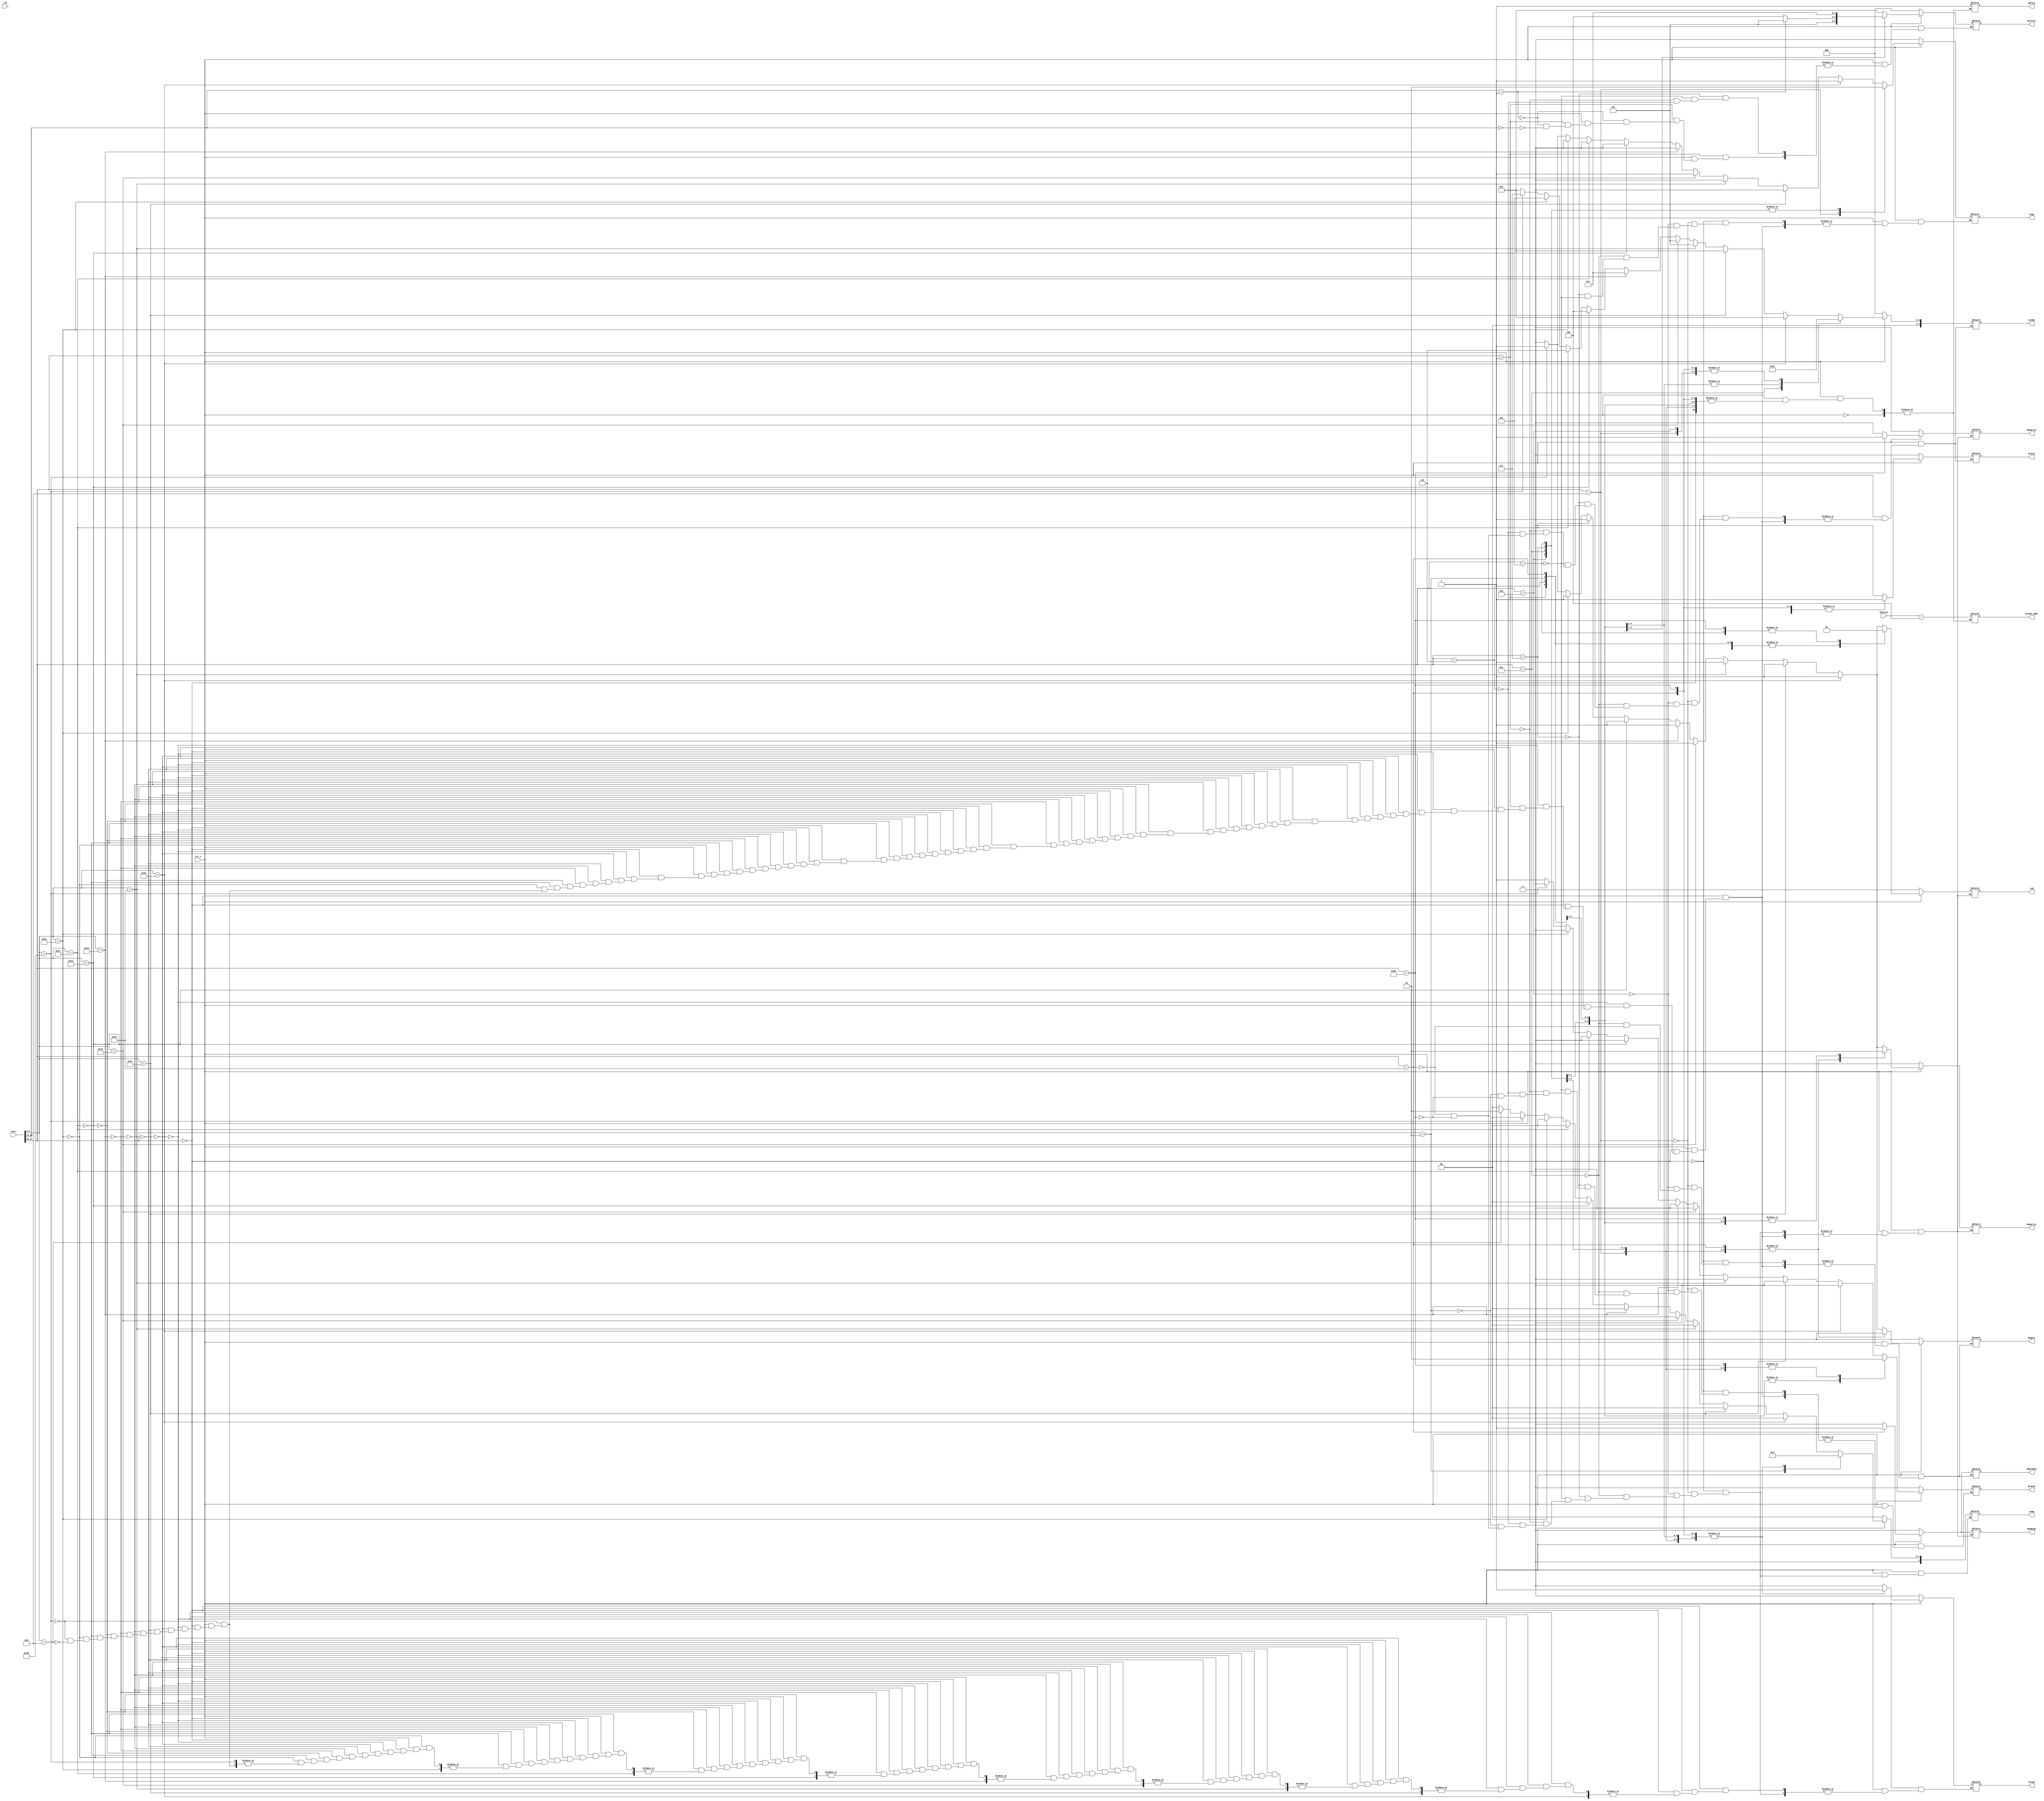
`timescale 1ns / 1ps
//////////////////////////////////////////////////////////////////////////////////
// Company: 
// Engineer: 
// 
// Design Name: 
// Module Name:    control 
// Project Name: 
// Target Devices: 
// Tool versions: 
// Description: 
//
// Dependencies: 
//
// Revision: 
// Revision 0.01 - File Created
// Additional Comments: 
//
//////////////////////////////////////////////////////////////////////////////////
module control(
    input clk,
	 input rst_n,	 
	 input [31:0] instr,
	 input [31:0] PCplus4,
	 output reg Extop,
	 output reg RegDst,
	 output reg Branch,
	 output reg MemRead,
	 output reg MemtoReg,
	 output reg MemWrite,
	 output reg [4:0] ALUOp,
	 output reg RegWrite,
	 output reg ALUSrc,
//	 output reg PCSrc,
	 output reg [2:0] pattern,
	 output reg [2:0] jump,
	 output reg sign,
	 
	 output reg isR,
	 output reg udfist,
	 output reg [31:0] except_addr
    );
wire [5:0] Op;
assign Op=instr[31:26];
wire [5:0] Funct;
assign Funct=instr[5:0];
reg PCSrc;

	always@(*)
	begin
		if(~rst_n)
		begin
			PCSrc=0;
			RegDst=0;
			Branch=0;
			MemtoReg=0;
			MemWrite=0;
			ALUOp=0;
			ALUSrc=0;
			PCSrc=0;
			Extop=0;
			jump=0;
			pattern=0;
			MemRead=0;
			RegWrite=0;
			isR=0;
			sign =0;
		end
		else
		case(Op)
		6'b000000:begin
			if(Funct==6'b100000)	//add	
			begin
				MemRead=0;			
				RegDst=1;
				Branch=0;
				MemtoReg=0;
				MemWrite=0;
				ALUOp=1;
				RegWrite=1;
				ALUSrc=0;
				PCSrc=0;
				jump=0;
				isR=1;
				sign=1;
			end
			else if(Funct==6'b100001)	//addu
			begin
				MemRead=0;			
				RegDst=1;
				Branch=0;
				MemtoReg=0;
				MemWrite=0;
				ALUOp=1;
				RegWrite=1;
				ALUSrc=0;
				PCSrc=0;
				jump=0;
				isR=1;
				sign=0;
			end			
			else if(Funct==6'b100011)	//subu
			begin
				MemRead=0;			
				RegDst=1;
				Branch=0;
				MemtoReg=0;
				MemWrite=0;
				ALUOp=5'd2;
				RegWrite=1;
				ALUSrc=0;
				PCSrc=0;
				jump=0;
				isR=1;
				sign=0;
			end
			else if(Funct==6'b100010)	//sub
			begin
				MemWrite=0;
				MemRead=0;			
				RegDst=1;
				Branch=0;
				MemtoReg=0;
				RegWrite=1;
				ALUOp=5'd2;
				ALUSrc=0;
				PCSrc=0;
				jump=0;
				isR=1;
				sign=1;
			end
			else if(Funct==6'b100100)	//and
			begin
				MemRead=0;			
				RegDst=1;
				Branch=0;
				MemtoReg=0;
				MemWrite=0;
				ALUOp=5'd3;
				RegWrite=1;
				ALUSrc=0;
				PCSrc=0;
				jump=0;
				isR=1;
				sign=0;
			end
			else if(Funct==6'b100101)	//or
			begin
				MemRead=0;			
				RegDst=1;
				Branch=0;
				MemtoReg=0;
				MemWrite=0;
				ALUOp=5'd4;
				RegWrite=1;
				ALUSrc=0;
				PCSrc=0;
				jump=0;
				isR=1;
				sign=0;
			end
			else if(Funct==6'b100111)	//nor
			begin
				MemRead=0;			
				RegDst=1;
				Branch=0;
				MemtoReg=0;
				MemWrite=0;
				ALUOp=5'd6;
				RegWrite=1;
				ALUSrc=0;
				PCSrc=0;
				jump=0;
				isR=1;
				sign=0;
			end
			else if(Funct==6'b100110)	//xor
			begin
				MemRead=0;			
				RegDst=1;
				Branch=0;
				MemtoReg=0;
				MemWrite=0;
				ALUOp=5'd5;
				RegWrite=1;
				ALUSrc=0;
				PCSrc=0;
				RegWrite=1;
				jump=0;
				isR=1;
				sign=0;
			end
			else if(Funct==6'b011000)
			begin
				MemWrite=0;
				MemRead=0;			
				RegDst=1;
				Branch=0;
				MemtoReg=0;
				RegWrite=1;
				ALUOp=5'd7;
				ALUSrc=0;
				PCSrc=0;
				jump=0;
				isR=1;
				sign=1;
			end
			else if(Funct==6'b001000)	//jr
				begin
				MemRead=0;				
				RegDst=0;
				Branch=1;
				MemtoReg=0;
				MemWrite=0;
				ALUOp=5'd1;
				RegWrite=0;
				ALUSrc=0;
				PCSrc=1;
				Extop=0;
				isR=0;
				jump=2;
				sign=0;
				end
			else
					jump=0;
		end
		6'b001000:	//addi
			begin
				MemRead=0;			
				RegDst=0;
				Branch=0;
				MemtoReg=0;
				RegWrite=1;
				ALUOp=5'd1;
				ALUSrc=1;
				PCSrc=0;
				Extop=1;
				jump=0;
				isR=0;
				MemWrite=0;
				sign=1;
			end
		6'b001001:	//addiu
			begin
				MemRead=0;			
				RegDst=0;
				Branch=0;
				MemtoReg=0;
				MemWrite=0;
				ALUOp=5'd1;
				RegWrite=1;	
				ALUSrc=1;
				PCSrc=0;
				Extop=1;
				jump=0;
				isR=0;
				sign=0;
			end
		6'b001100:		//andi
			begin
				MemRead=0;			
				RegDst=0;
				Branch=0;	
				MemtoReg=0;
				MemWrite=0;
				ALUOp=5'd3;				
				RegWrite=1;
				ALUSrc=1;
				PCSrc=0;
				Extop=1;
				jump=0;
				isR=0;
				sign=0;
			end	
		6'b000111:	//bgtz
			begin
				MemRead=0;			
				Branch=1;
				MemWrite=0;
				ALUOp=5'd2;				
				RegWrite=0;
				ALUSrc=0;
				Extop=1;
				jump=0;
				pattern=1;		//bj
				isR=0;
				sign=0;
			end
		6'b000101:	//bne
			begin
				MemRead=0;			
				Branch=1;
				MemWrite=0;
				ALUOp=5'd2;
				RegWrite=0;
				ALUSrc=0;
				Extop=1;
				jump=0;
				pattern=3'd2;
				isR=1;
				sign=0;
			end
		6'b000001:		//bgez
			begin
				MemRead=0;			
				Branch=1;
				MemWrite=0;
				ALUOp=5'd2;
				RegWrite=0;
				ALUSrc=0;
				Extop=1;
				jump=0;
				isR=0;
				if(instr[20:16]==5'b00001)
					pattern=3'd2;
				else if(instr[20:16]==5'b00000)
					pattern=3'd4;		//0bltz
			end
		6'b000110:		//blez,<=0
			begin
				MemWrite=0;
				MemRead=0;			
				Branch=1;
				MemWrite=0;
				ALUOp=5'd2;
				RegWrite=0;
				ALUSrc=0;
				Extop=1;
				jump=0;
				pattern=3'd3;
				isR=0;
			end
		6'b000010:		//j
			begin
				MemRead=0;			
				jump=1;
				Branch=1;
				RegWrite=0;
				MemWrite=0;
				PCSrc=1;
				Extop=0;
				isR=0;
			end
		6'b000000:		//jr
			begin
				MemWrite=0;
				jump=1;
				ALUSrc=0;
				Branch=1;
				isR=0;
			end
		6'b100011:	//lw
			begin
				MemtoReg=1;
				RegDst=0;
				ALUOp=1;
				ALUSrc=1;
				MemWrite=0;
				MemRead=1;
				PCSrc=0;
				Extop=1;
				jump=0;
				RegWrite=1;
				isR=0;
			end
		6'b101011:		//sw
			begin
				RegWrite=0;	
				Branch=0;
				ALUOp=1;
				ALUSrc=1;
				PCSrc=0;
				MemWrite=1;
				MemRead=0;
				jump=0;
				Extop=1;
				isR=1;
			end
		default:
		begin
			udfist=1;
			except_addr=PCplus4-4;
		end
		endcase
	end
	
	
endmodule